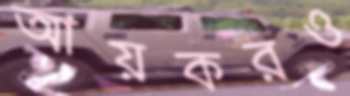
আয়করও